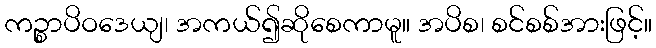
ကဉ္စာပိဝဒေယျ၊ အကယ်၍ဆိုစေကာမူ။ အပိစ၊ စင်စစ်အားဖြင့်။